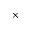
\times